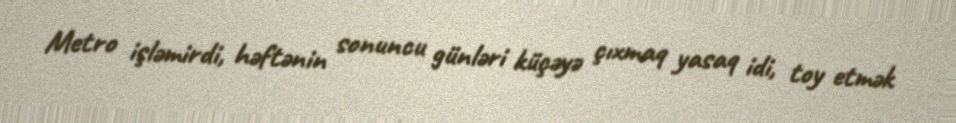
Metro işləmirdi, həftənin sonuncu günləri küçəyə çıxmaq yasaq idi, toy etmək